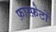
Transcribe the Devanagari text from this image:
फ़ास्फ़ेटों